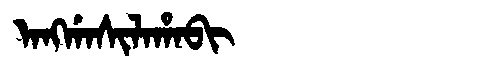
Manchu: ᠠᠩᡤᠠᠰᡳᠯᠠᡥᠠᠪᡳ
Romanization: ANGGASILAHABI